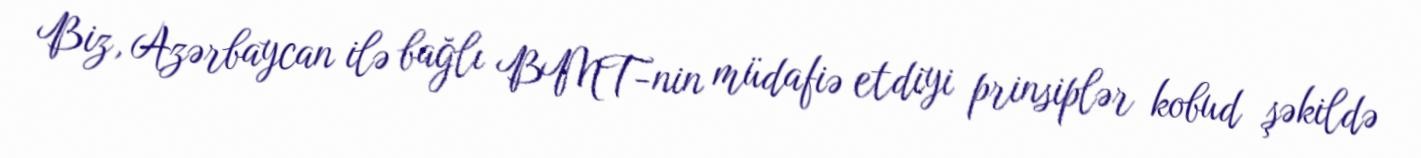
Biz, Azərbaycan ilə bağlı BMT-nin müdafiə etdiyi prinsiplər kobud şəkildə